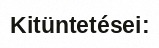
Kitüntetései: